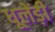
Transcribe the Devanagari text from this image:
धूलेंड़ी